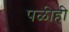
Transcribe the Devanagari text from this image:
पळीही